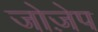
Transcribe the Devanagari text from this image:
जोज़ेप